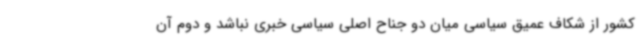
کشور از شکاف عمیق سیاسی میان دو جناح اصلی سیاسی خبری نباشد و دوم آن